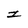
Character: I